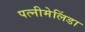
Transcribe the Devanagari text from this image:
पत्नीमेलिंडा